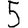
Digit: 5